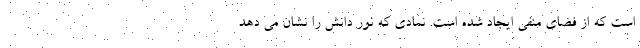
است که از فضای منفی ایجاد شده است. نمادی که نور دانش را نشان می دهد